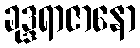
ခုဒ္ဒရာဇာနော